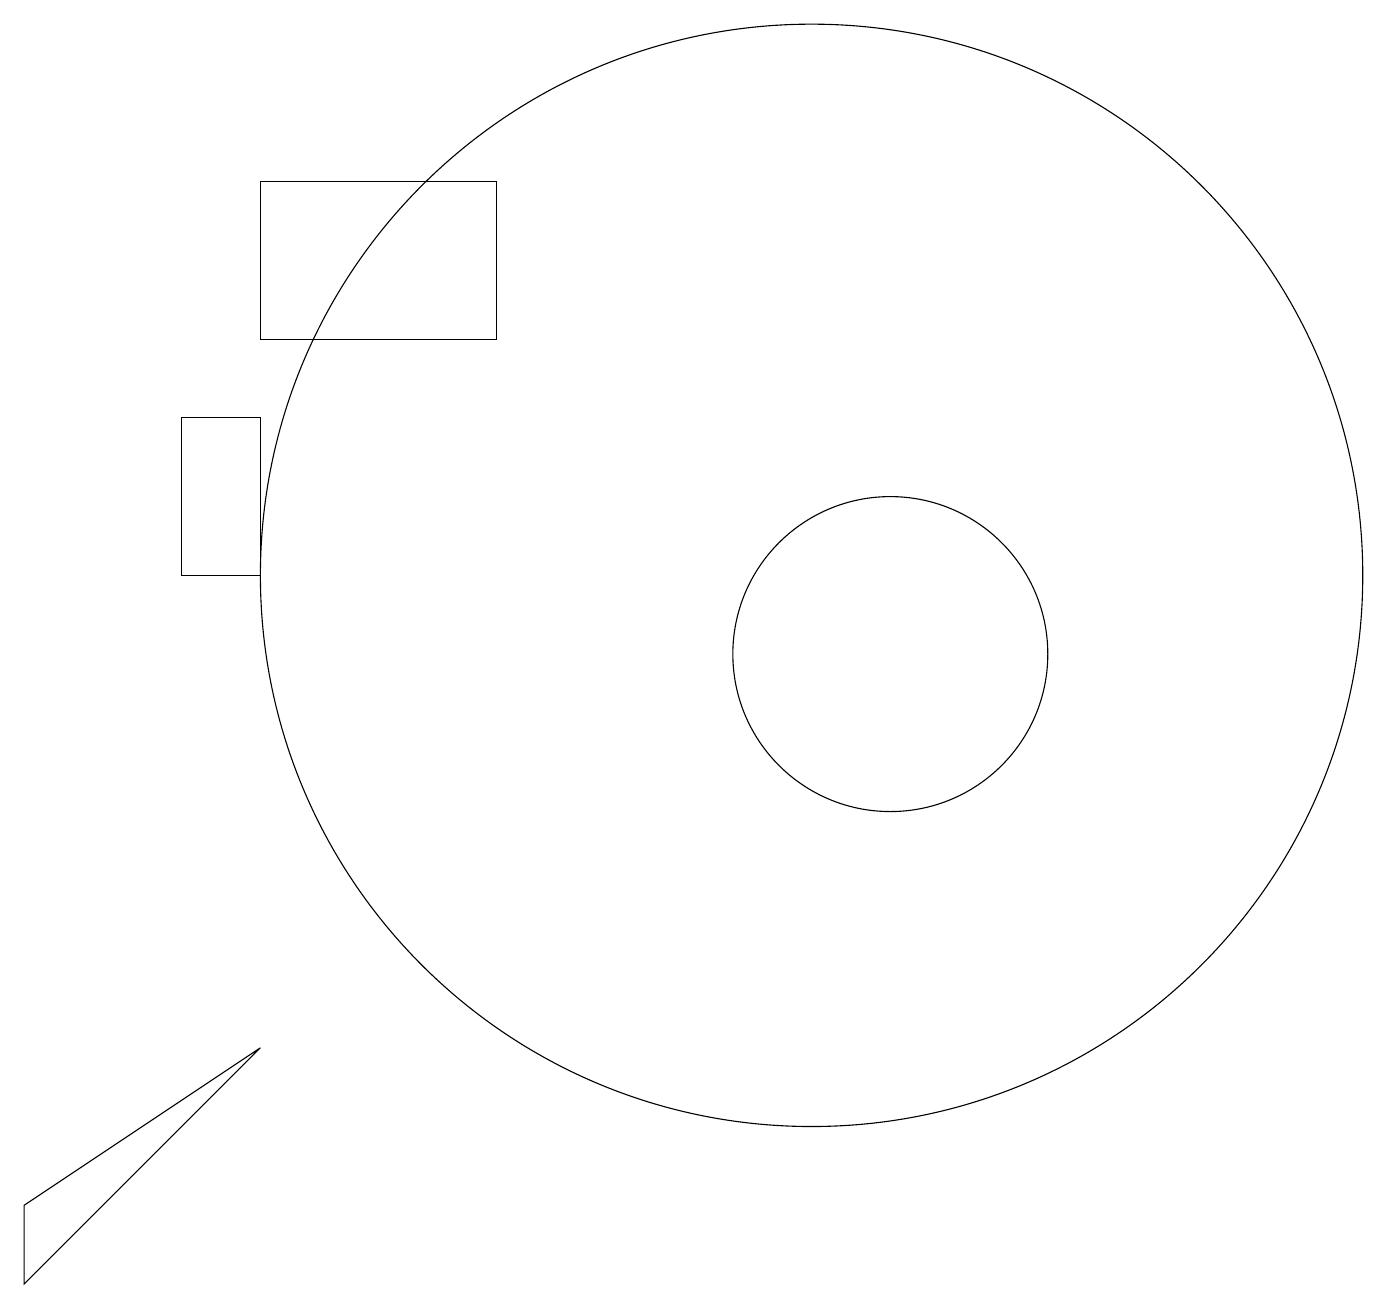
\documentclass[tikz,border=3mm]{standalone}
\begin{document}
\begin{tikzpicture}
\draw (3,13) rectangle (2,11);
\draw (3,5) -- (0,3) -- (0,2) -- cycle;
\draw (11,10) circle (2);
\draw (6,14) rectangle (3,16);
\draw (10,11) circle (7);
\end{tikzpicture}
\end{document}